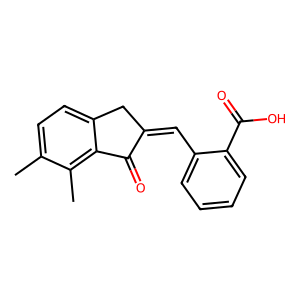
SMILES: Cc1ccc2c(c1C)C(=O)C(=Cc1ccccc1C(=O)O)C2
Inhibits HIV replication: No